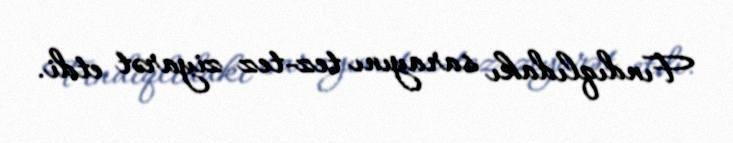
Fındıqlıdakı sarayını tez-tez ziyarət etdi.